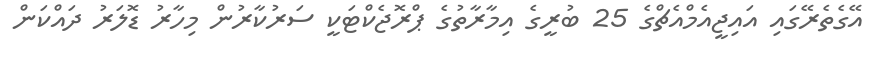
އޭގެތެރޭގައި އައިޖީއެމްއެޗްގެ 25 ބުރީގެ އިމާރާތުގެ ޕްރޮޖެކްޓަކީ ސަރުކާރުން މިހާރު ޑޮލަރު ދައްކަން